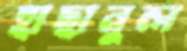
হাছানুল